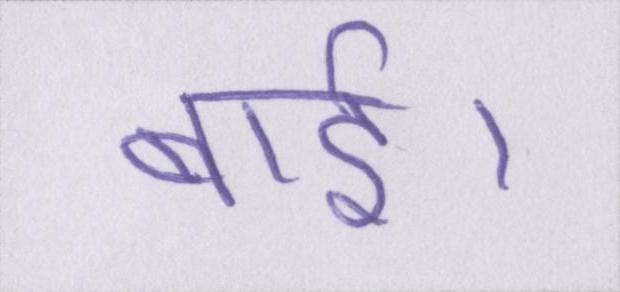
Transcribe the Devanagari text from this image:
बाई।